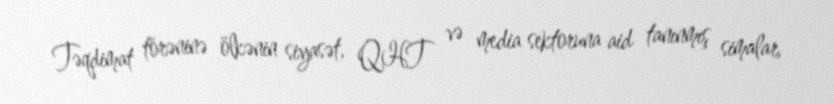
Təqdimat törəninə ölkənin siyasət, QHT və media sektoruna aid tanınmış simalar,